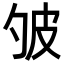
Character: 𤿈